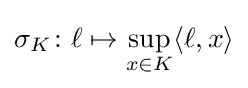
\sigma _{K}\colon \ell \mapsto \sup _{x\in K}\langle \ell ,x\rangle